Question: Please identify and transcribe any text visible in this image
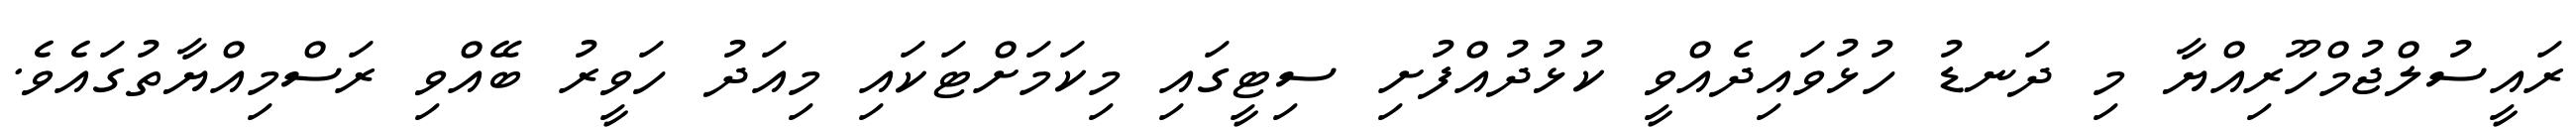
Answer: ރައީސުލްޖުމްހޫރިއްޔާ މި ދަނޑު ހުޅުވައިދެއްވީ ކުޅުދުއްފުށި ސިޓީގައި މިކަމަށްޓަކައި މިއަދު ހަވީރު ބޭއްވި ރަސްމިއްޔާތުގައެވެ.